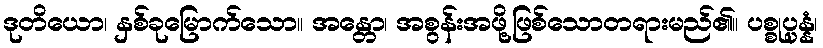
ဒုတိယော၊ နှစ်ခုမြောက်သော။ အန္တော၊ အစွန်းအဖို့ဖြစ်သောတရားမည်၏။ ပစ္စုပ္ပန္နံ၊